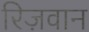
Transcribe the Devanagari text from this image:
रिज़वान